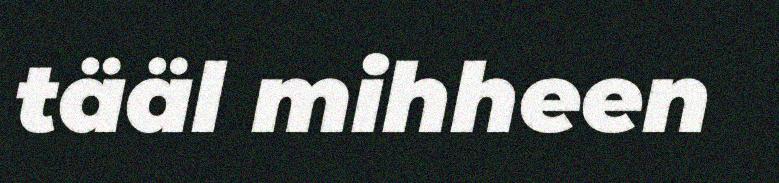
tääl mihheen